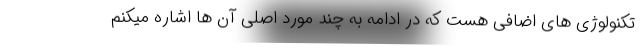
تکنولوژی های اضافی هست که در ادامه به چند مورد اصلی آن ها اشاره میکنم